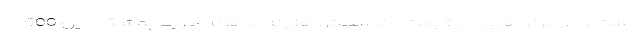
است و در برندهایی با قیمت مناسب‌تر، هزینه ماهانه خرید پوشک بین 500